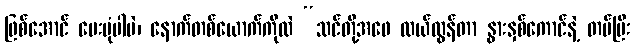
ဖြစ်အောင် မေးပုံပါပဲ၊ နောက်တစ်ယောက်ကိုလဲ “သင်တို့အဖေ လယ်ထွန်တာ နွားနှစ်ကောင်နဲ့ တပ်ပြီး